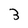
Character: 3